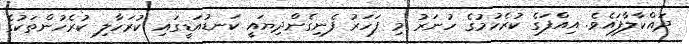
ދައްކާލާފައެވެ. އިއްފަގެ ކުރެހުމުގެ ހުނަރު މި ފަހަރު ފެނިގެންދިޔައީ ކަނޑުއަޑީގައި ކުރަހާލި ކުރެހުންތަކުގެ